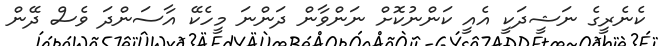
ކެނެރީގެ ނަޝީދަކީ އެއީ ކަންނުކޮށް ނަންވާން ދަންނަ މީހެކޭ އާސަންދަ ވެސް ދޭން